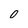
Character: 0